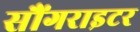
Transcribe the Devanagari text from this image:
सौंगराइटर